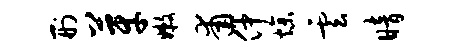
刑芽嫩甫仲燥云暗